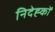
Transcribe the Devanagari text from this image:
निदेह्कों